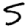
Digit: 5